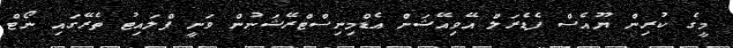
މީގެ ކުރިން ޔޫއެސް ފެޑެރަލް އޭވިއޭޝަން އެޑްމިނިސްޓްރޭޝަނުން ވަނީ ފްލައިޓު ތެރޭގައި ނޯޓް